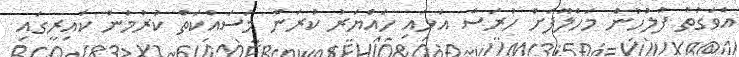
އެވަގުތު ފުލުހުން މަހްލޫފަށް ހުރަސް އަޅައި ހައްޔަރު ކުރަން މަސައްކަތް ކުރުމުން ކައިރީގައި